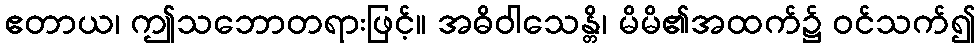
ဧတာယ၊ ဤသဘောတရားဖြင့်။ အဓိဝါသေန္တိ၊ မိမိ၏အထက်၌ ဝင်သက်၍